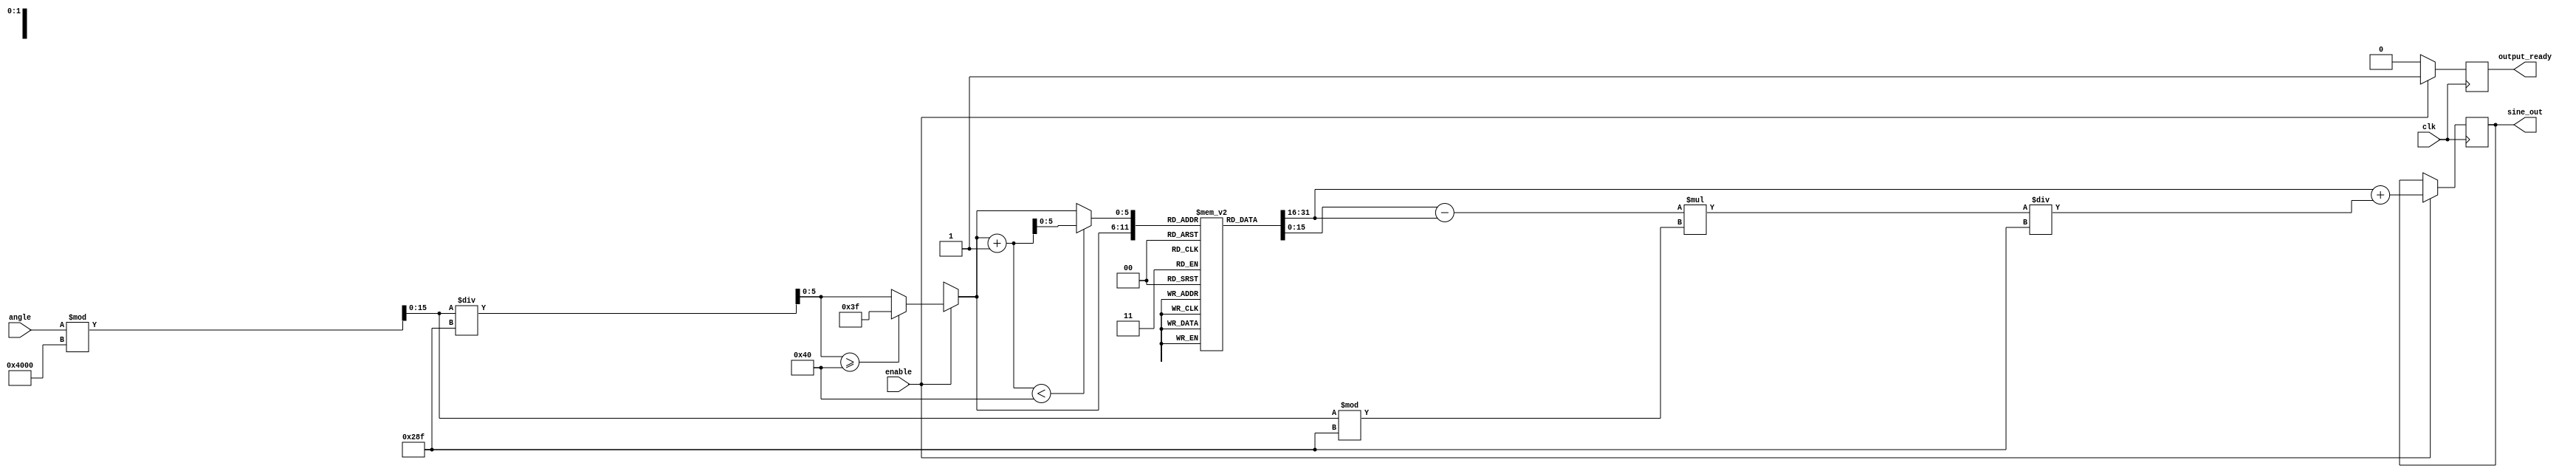
module sine_block (
    input wire clk,
    input wire enable,
    input wire [15:0] angle, // Fixed-point input angle (16 bits)
    output reg [15:0] sine_out, // Fixed-point sine output (16 bits)
    output reg output_ready // Signal indicating output is valid
);

    // Parameters
    parameter LUT_SIZE = 64; // Number of entries in the LUT
    parameter ANGLE_MAX = 16'h3FFF; // Maximum angle value ( in fixed-point)
    parameter LUT_WIDTH = 16; // Width of LUT entries
    parameter INTERPOLATION_STEP = 16'h028F; // Step size for interpolation (0.1 radians in fixed-point)

    // Sine lookup table (precomputed values for sine)
    reg [LUT_WIDTH-1:0] sine_lut [0:LUT_SIZE-1];

    // Initialize the sine lookup table
    initial begin
        // Populate the LUT with precomputed sine values (scaled to fixed-point)
        // Example values for sine(0), sine(0.1), ..., sine()
        sine_lut[0] = 16'h0000; // sin(0)
        sine_lut[1] = 16'h0192; // sin(0.1)
        sine_lut[2] = 16'h0324; // sin(0.2)
        // ... (populate the rest of the LUT)
        sine_lut[63] = 16'h7FFF; // sin()
    end

    // Internal signals
    reg [5:0] lut_index; // Index for LUT
    reg [LUT_WIDTH-1:0] lut_value1, lut_value2; // LUT values for interpolation
    reg [LUT_WIDTH-1:0] sine_interp; // Interpolated sine value
    reg [15:0] angle_normalized; // Normalized angle

    // Angle normalization and LUT index calculation
    always @(posedge clk) begin
        if (enable) begin
            // Normalize angle to [0, 2]
            angle_normalized = angle % (ANGLE_MAX + 1);
            lut_index = angle_normalized / INTERPOLATION_STEP;

            // Ensure LUT index is within bounds
            if (lut_index >= LUT_SIZE) begin
                lut_index = LUT_SIZE - 1;
            end

            // Get the two nearest LUT values for interpolation
            lut_value1 = sine_lut[lut_index];
            lut_value2 = sine_lut[lut_index + 1 < LUT_SIZE ? lut_index + 1 : lut_index];

            // Perform linear interpolation
            sine_interp = lut_value1 + ((lut_value2 - lut_value1) * (angle_normalized % INTERPOLATION_STEP)) / INTERPOLATION_STEP;

            // Assign the interpolated value to output
            sine_out <= sine_interp;
            output_ready <= 1'b1; // Indicate output is ready
        end else begin
            output_ready <= 1'b0; // Reset output ready signal
        end
    end

endmodule